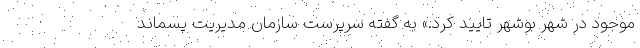
موجود در شهر بوشهر تایید کرد.» به گفته سرپرست سازمان مدیریت پسماند